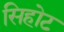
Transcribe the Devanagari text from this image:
सिहोट